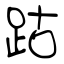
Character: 跍